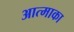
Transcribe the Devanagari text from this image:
आत्माका